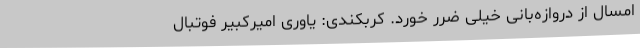
امسال از دروازه‌بانی خیلی ضرر خورد. کربکندی: یاوری امیرکبیر فوتبال